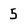
Character: 5